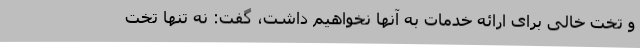
و تخت خالی برای ارائه خدمات به آنها نخواهیم داشت، گفت: نه تنها تخت